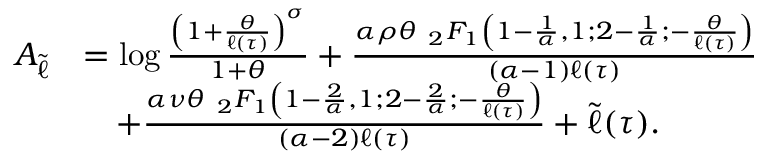
\begin{array} { r l } { A _ { \Tilde \ell } } & { = \log \frac { \left( 1 + \frac { \theta } { \ell ( \tau ) } \right) ^ { \sigma } } { 1 + \theta } + \frac { \alpha \rho \theta ~ { _ 2 F _ { 1 } } \left( 1 - \frac { 1 } { \alpha } , 1 ; 2 - \frac { 1 } { \alpha } ; - \frac { \theta } { \ell ( \tau ) } \right) } { ( \alpha - 1 ) \ell ( \tau ) } } \\ & { \quad + \frac { \alpha \nu \theta ~ { _ 2 F _ { 1 } } \left( 1 - \frac { 2 } { \alpha } , 1 ; 2 - \frac { 2 } { \alpha } ; { - \frac { \theta } { \ell ( \tau ) } } \right) } { ( \alpha - 2 ) \ell ( \tau ) } + \tilde { \ell } ( \tau ) . } \end{array}